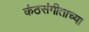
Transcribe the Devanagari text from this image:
कंठसंगीताच्या